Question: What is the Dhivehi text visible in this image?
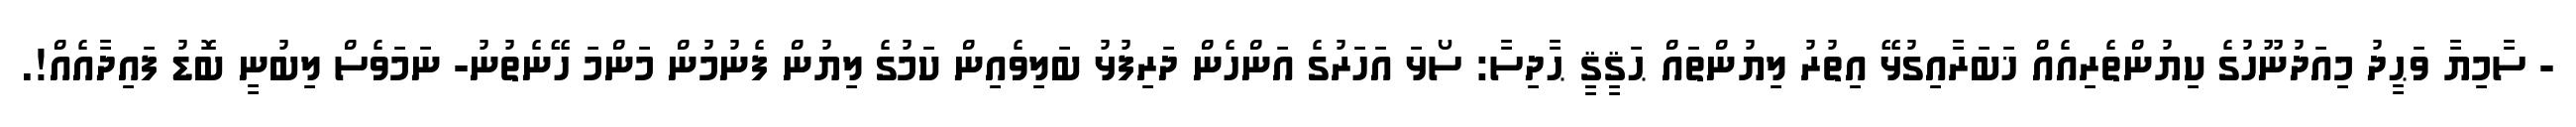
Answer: - ސާމިޔާ ވަޙީދު މިއަދުނޫހުގެ ކިޔުންތެރިއެއް ޚަބަރާއިގުޅޭ އިތުރު ލިޔުންތައް ޙަޤީޤީ ޙާދިސާ: ސޯޅަ އަހަރުގެ އަންހެން ދަރިފުޅު ބަލިވެއިން ކަމުގެ ލިޔުން ފެނުމުން މަންމަ ހޭނެތުނު- ނަމަވެސް ލިބުނީ ބޮޑު ފައިދާއެއް!.